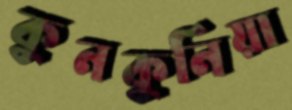
কুনকুনিয়া